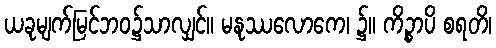
ယခုမျက်မြင်ဘဝ၌သာလျှင်။ မနုဿလောကေ၊ ၌။ ကိဉ္စာပိ စရတိ၊